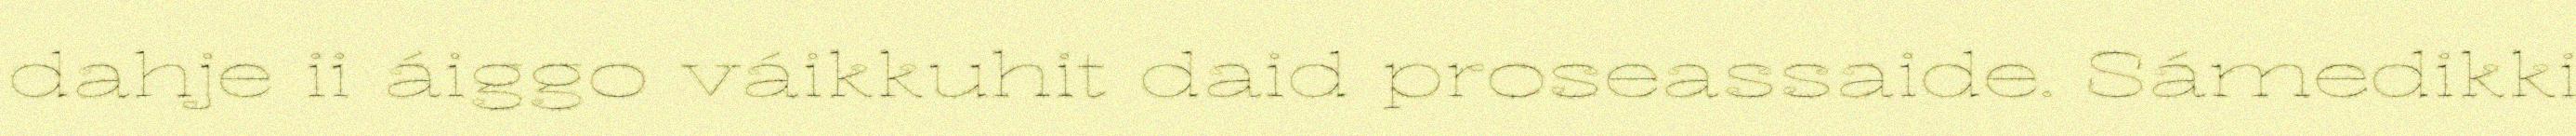
dahje ii áiggo váikkuhit daid proseassaide. Sámedikki